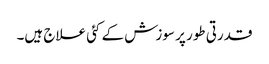
قدرتی طور پر سوزش کے کئی علاج ہیں۔